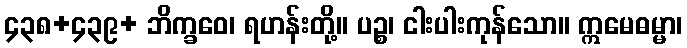
၄၃၈+၄၃၉+ ဘိက္ခဝေ၊ ရဟန်းတို့။ ပဉ္စ၊ ငါးပါးကုန်သော။ ဣမေဓမ္မာ၊